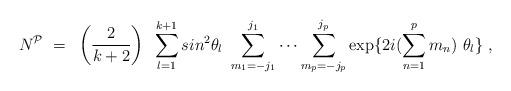
LaTeX: \begin{align*}N^{\cal P}~=~\left ( 2 \over {k+2} \right) ~\sum_{l=1}^{k+1} sin^2 \theta_l~\sum_{m_1 = -j_1}^{j_1} \cdots \sum_{m_p=-j_p}^{j_p} \exp \{2i(\sum_{n=1}^p m_n)~ \theta_l \}~, \end{align*}